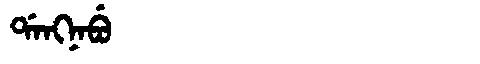
Manchu: ᡩᠠᠩᠨᠠᠪᡠ
Romanization: DANGNABU